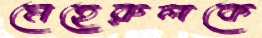
মেহেরুলকে